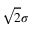
\sqrt { 2 } \sigma